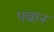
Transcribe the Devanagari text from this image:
पचान